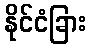
နိုင်ငံခြား